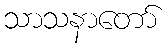
သာသနာတော်